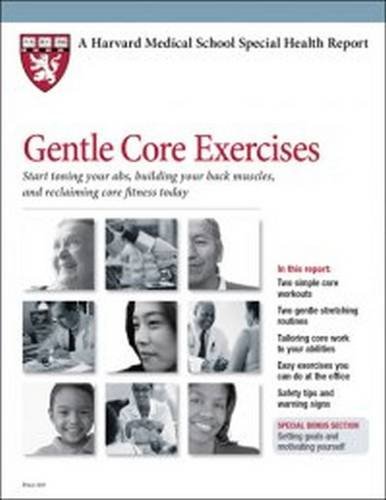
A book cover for Gentle Core: Start Toning Your ABS, Building Your Back Muscles, and Reclaiming Core Fitness Today (Harvard Medical School Special Health Reports); Health, Fitness & Dieting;